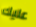
عليك